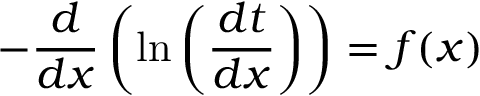
- { \frac { d } { d x } } \left( \ln \left( { \frac { d t } { d x } } \right) \right) = f ( x )